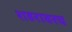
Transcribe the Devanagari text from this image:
शहरावरच